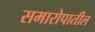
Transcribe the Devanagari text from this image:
समारोपातील